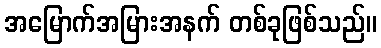
အမြောက်အမြားအနက် တစ်ခုဖြစ်သည်။